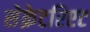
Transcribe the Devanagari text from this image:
सेक्रेटरिएट